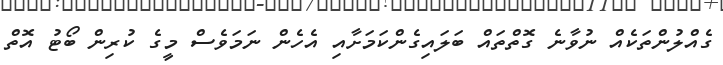
ގެއްލުންތަކެއް ނުވާނެ ގޮތްތައް ބަލައިގެންކަމަށާއި އެހެން ނަމަވެސް މީގެ ކުރިން ބޯޓު އޮތް